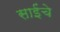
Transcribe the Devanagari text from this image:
साईंचे